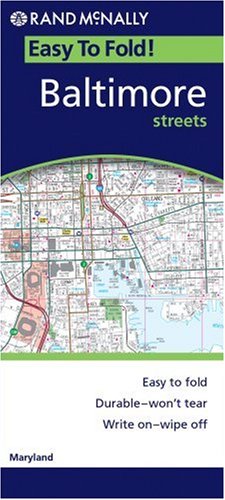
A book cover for Baltimore (EasyFinder); Rand McNally; Travel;